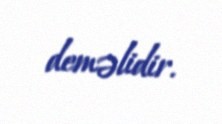
deməlidir.